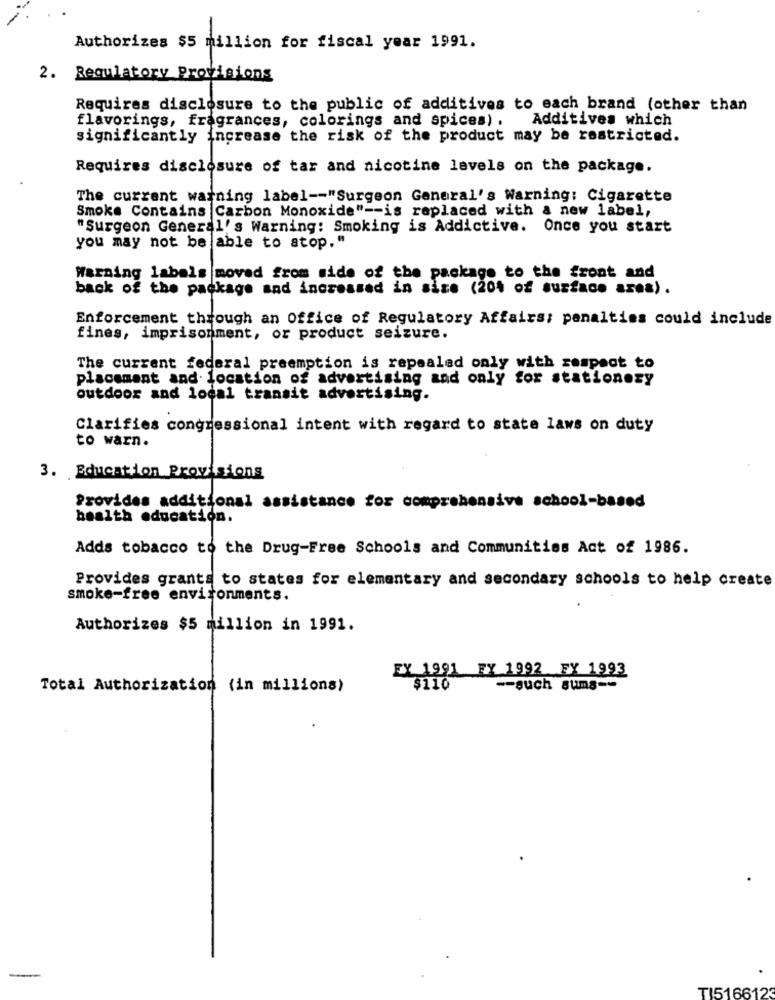
Authorizes $5 million for fiscal year 1991.
2. Regulatory Provisions
Requires disclosure to the public of additives to each brand (other than
flavorings, fragrances, colorings and spices) .
Additives which
significantly increase the risk of the product may be restricted.
Requires disclosure of tar and nicotine levels on the package.
The current warning label -- "Surgeon General's Warning: Cigarette
Smoke Contains Carbon Monoxide" -- is replaced with a new label,
"Surgeon General's Warning: Smoking is Addictive. Once you start
you may not be able to stop."
Warning labels moved from side of the package to the front and
back of the package and increased in size (204 of surface area) .
Enforcement through an Office of Regulatory Affairs: penalties could include
fines, imprisonment, or product seizure.
The current federal preemption is repealed only with respect to
placement and location of advertising and only for stationezy
outdoor and local transit advertising.
Clarifies congressional intent with regard to state laws on duty
to warn.
3. Education Provisions
Provides additional assistance for comprehensive school-based
health education.
Adds tobacco to the Drug-Free Schools and Communities Act of 1986.
Provides grants to states for elementary and secondary schools to help create
smoke-free environments.
Authorizes $5 million in 1991.
EX 1991 FY 1992 FY 1993
Total Authorization (in millions)
$110
-- such sums --
TI5166123